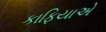
કાફિયાએ